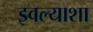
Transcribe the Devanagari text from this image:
इवल्याशा